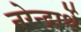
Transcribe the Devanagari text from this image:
नरेन्द्रार्थे